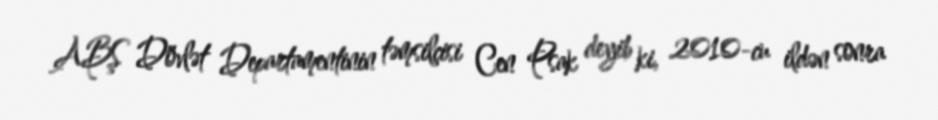
ABŞ Dövlət Departamentinin təmsilçisi Cen Psak deyib ki, 2010-cu ildən sonra